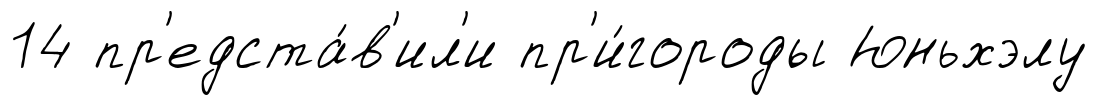
14 пр'едста́в'ил'и пр'и́городы Юньхэлу